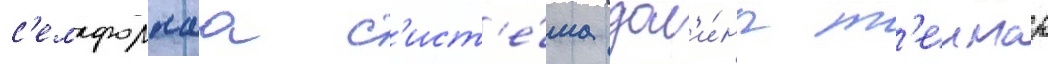
с'емафорнаа с'ист'е́ма дол'и́ны т'еимар